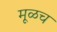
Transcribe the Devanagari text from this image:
मूळच